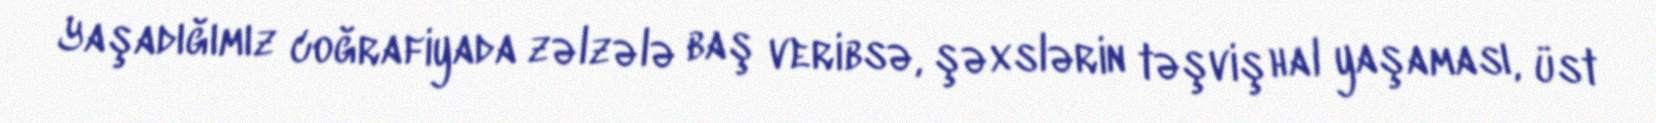
Yaşadığımız coğrafiyada zəlzələ baş veribsə, şəxslərin təşviş hal yaşaması, üst